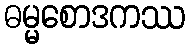
ဓမ္မစောဒကဿ